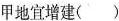
甲地宜增建()